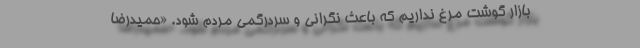
بازار گوشت مرغ نداریم که باعث نگرانی و سردرگمی مردم شود. «حمیدرضا